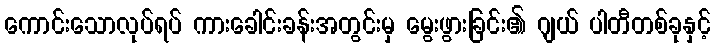
ကောင်းသောလုပ်ရပ် ကားခေါင်းခန်းအတွင်းမှ မွေးဖွားခြင်း၏ ဂျယ် ပါတီတစ်ခုနှင့်